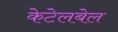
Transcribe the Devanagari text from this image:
केटेलबेल